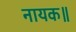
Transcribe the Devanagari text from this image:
नायक॥